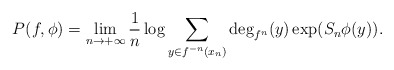
\begin{align*} P(f,\phi) = \lim\limits_{n\to +\infty} \frac{1}{n} \log \sum\limits_{y\in f^{-n}(x_n)} \deg_{f^n}(y) \exp (S_n\phi(y)).\end{align*}